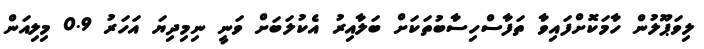
ލިވަޕޫލުން ހާމަކޮށްފައިވާ ތަފާސްހިސާބުތަކަށް ބަލާއިރު އެކުލަބަށް ވަނީ ނިމިދިޔަ އަހަރު 0.9 މިލިއަން